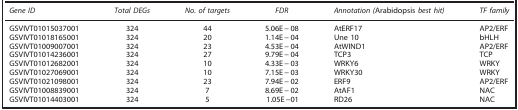
<table><thead><tr><td><b><i>Gene ID</i></b></td><td><b><i>Total DEGs</i></b></td><td><b><i>No. of targets</i></b></td><td><b><i>FDR</i></b></td><td><b><i>Annotation (</i>Arabidopsis<i> best hit)</i></b></td><td><b><i>TF family</i></b></td></tr></thead><tbody><tr><td>GSVIVT01015037001</td><td>324</td><td>44</td><td>5.06E−08</td><td>AtERF17</td><td>AP2/ERF</td></tr><tr><td>GSVIVT01018165001</td><td>324</td><td>20</td><td>1.14E−04</td><td>Une 10</td><td>bHLH</td></tr><tr><td>GSVIVT01009007001</td><td>324</td><td>23</td><td>4.53E−04</td><td>AtWIND1</td><td>AP2/ERF</td></tr><tr><td>GSVIVT01014236001</td><td>324</td><td>27</td><td>9.79E−04</td><td>TCP3</td><td>TCP</td></tr><tr><td>GSVIVT01012682001</td><td>324</td><td>10</td><td>4.33E−03</td><td>WRKY6</td><td>WRKY</td></tr><tr><td>GSVIVT01027069001</td><td>324</td><td>10</td><td>7.15E−03</td><td>WRKY30</td><td>WRKY</td></tr><tr><td>GSVIVT01021098001</td><td>324</td><td>23</td><td>7.94E−02</td><td>ERF9</td><td>AP2/ERF</td></tr><tr><td>GSVIVT01008839001</td><td>324</td><td>7</td><td>8.69E−02</td><td>AtAF1</td><td>NAC</td></tr><tr><td>GSVIVT01014403001</td><td>324</td><td>5</td><td>1.05E−01</td><td>RD26</td><td>NAC</td></tr></tbody></table>